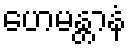
ဟေမန္တာနံ